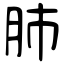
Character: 肺